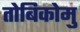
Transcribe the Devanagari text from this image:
तोबिकोमु